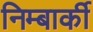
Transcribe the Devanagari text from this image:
निम्बार्की